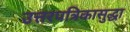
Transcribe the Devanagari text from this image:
उत्तरपत्रिकासुद्धा